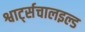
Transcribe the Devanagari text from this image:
श्वार्ट्सचालइल्ड